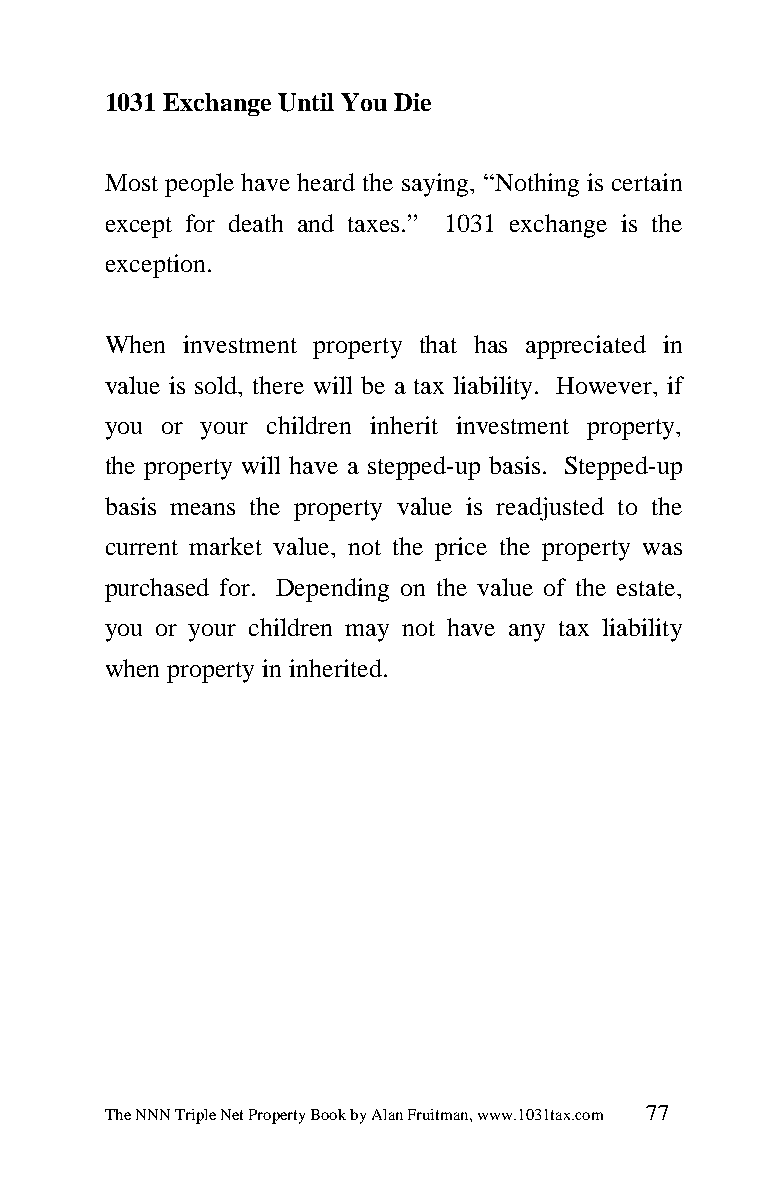
1031 Exchange Until You Die
 Most people have heard the saying, “Nothing is certain
 except for death and taxes.” 1031 exchange is the
 exception.
 When investment property that has appreciated in
 value is sold, there will be a tax liability. However, if
 you or your children inherit investment property,
 the property will have a stepped-up basis. Stepped-up
 basis means the property value is readjusted to the
 current market value, not the price the property was
 purchased for. Depending on the value of the estate,
 you or your children may not have any tax liability
 when property in inherited.
 The NNN Triple Net Property Book by Alan Fruitman, www.1031tax.com 77